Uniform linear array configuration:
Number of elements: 8
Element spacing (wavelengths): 0.75
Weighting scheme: binomial
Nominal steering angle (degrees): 60
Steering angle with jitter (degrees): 61.665
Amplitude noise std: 0.05
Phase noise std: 0.05

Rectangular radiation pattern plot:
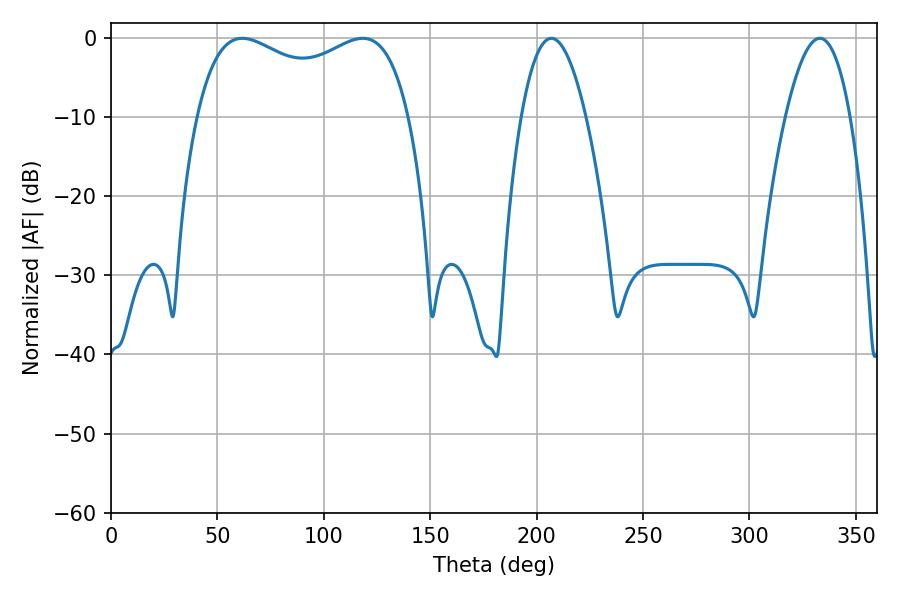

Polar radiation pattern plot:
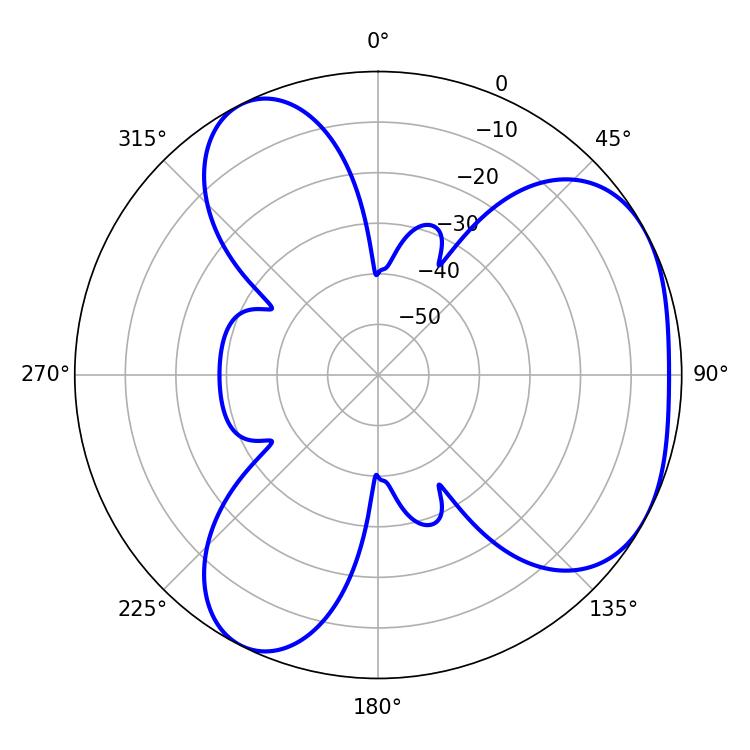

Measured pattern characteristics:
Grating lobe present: TRUE
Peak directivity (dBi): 4.011
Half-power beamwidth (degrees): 82.8
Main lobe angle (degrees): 61.74